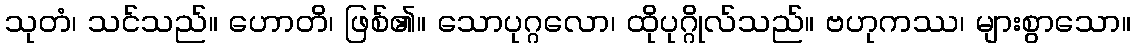
သုတံ၊ သင်သည်။ ဟောတိ၊ ဖြစ်၏။ သောပုဂ္ဂလော၊ ထိုပုဂ္ဂိုလ်သည်။ ဗဟုကဿ၊ များစွာသော။